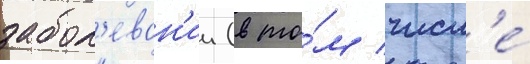
забол'еван'ии (в то́м числ'е́